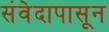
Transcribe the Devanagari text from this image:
संवेदापासून